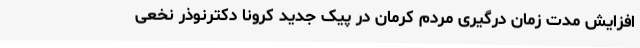
افزایش مدت زمان درگیری مردم کرمان در پیک جدید کرونا دکترنوذر نخعی